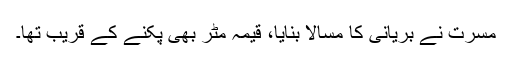
مسرت نے بریانی کا مسالا بنایا، قیمہ مٹر بھی پکنے کے قریب تھا۔